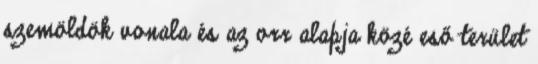
szemöldök vonala és az orr alapja közé eső terület